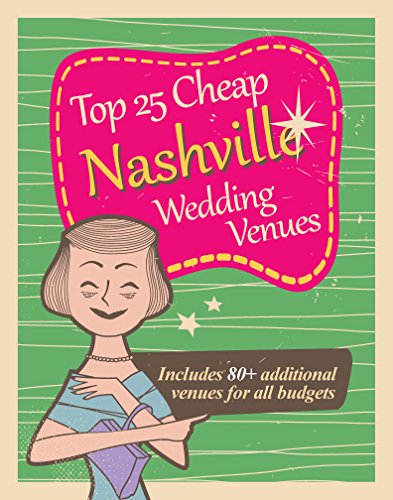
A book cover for Top 25 Cheap Nashville Wedding Venues; Cara Davis; Crafts, Hobbies & Home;